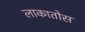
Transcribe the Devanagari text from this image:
लाकातोस